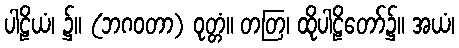
ပါဠိယံ၊ ၌။ (ဘဂဝတာ) ဝုတ္တံ။ တတြ၊ ထိုပါဠိတော်၌။ အယံ၊